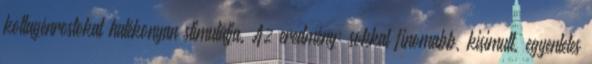
kollagénrostokat hatékonyan stimulálja. Az eredmény: sokkal finomabb, kisimult, egyenletes